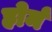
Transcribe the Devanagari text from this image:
होर्म